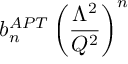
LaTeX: b _ { n } ^ { A P T } \left( { \frac { \Lambda ^ { 2 } } { Q ^ { 2 } } } \right) ^ { n }